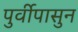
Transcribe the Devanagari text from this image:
पुर्वीपासुन